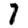
Digit: 7